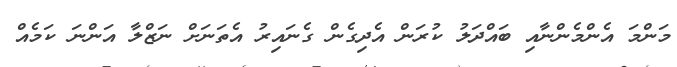
މަންމަ އެންމެންނާއި ބައްދަލު ކުރަން އެދިގެން ގެނައިރު އެތަނަށް ނަޒްލާ އަންނަ ކަމެއް